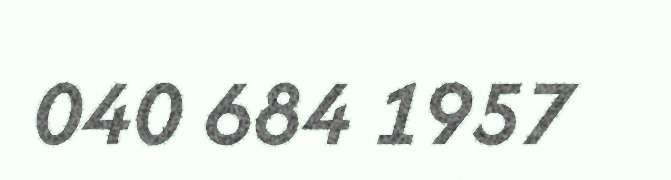
040 684 1957